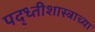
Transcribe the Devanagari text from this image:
पद्ध्तीशास्त्राच्या